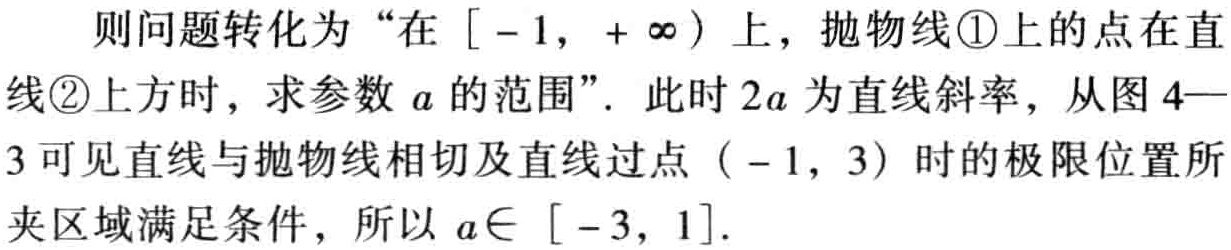
则问题转化为“在\([ - 1, + \infty)\)上，抛物线\textcircled{1}上的点在直线\textcircled{2}上方时，求参数\(a\)的范围”. 此时\(2a\)为直线斜率，从图4—3可见直线与抛物线相切及直线过点\(( - 1, 3)\)时的极限位置所夹区域满足条件，所以\(a\in [ - 3, 1]\).